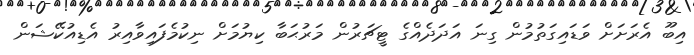
އިބޫ އެރަށަށް ވަޑައިގަތުމުން ގިނަ އަދަދެއްގެ ޓީޗަރުން މަރުޙަބާ ކިޔުމަށް ނިކުމެފައިވާއިރު އެޑިއުކޭޝަން